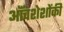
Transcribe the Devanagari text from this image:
ऑंचशेशोंकी